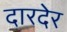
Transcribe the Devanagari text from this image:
दारदेर